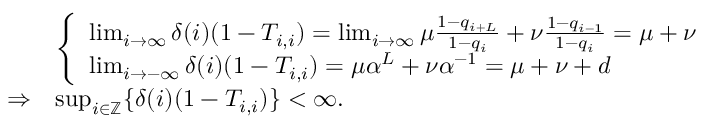
\begin{array} { r l } & { \left\{ \begin{array} { l l } { \operatorname* { l i m } _ { i \to \infty } \delta ( i ) ( 1 - T _ { i , i } ) = \operatorname* { l i m } _ { i \to \infty } \mu \frac { 1 - q _ { i + L } } { 1 - q _ { i } } + \nu \frac { 1 - q _ { i - 1 } } { 1 - q _ { i } } = \mu + \nu } \\ { \operatorname* { l i m } _ { i \to - \infty } \delta ( i ) ( 1 - T _ { i , i } ) = \mu \alpha ^ { L } + \nu \alpha ^ { - 1 } = \mu + \nu + d } \end{array} \right. } \\ { \Rightarrow } & { \operatorname* { s u p } _ { i \in \mathbb { Z } } \{ \delta ( i ) ( 1 - T _ { i , i } ) \} < \infty . } \end{array}